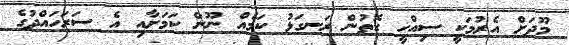
މޫދަށް އެރުމަކީ ސިއްހީ ގޮތުން ރަނގަޅު ކަމެއް ނޫން ކަމަށާއި އެ ސަރަހައްދުގެ